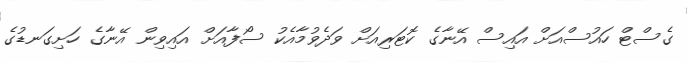
ގެސްޓް ހައުސްއަށް އައިސް އޭނާގެ ކޮޓަރިއަށް ވަދެވުމާއެކު ސޯފާއަށް އައިވިން އޭނާގެ ހަށިގަނޑުގެ